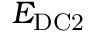
E _ { \mathrm { D C 2 } }